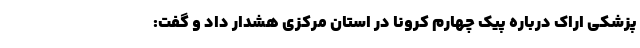
پزشکی اراک درباره پیک چهارم کرونا در استان مرکزی هشدار داد و گفت: